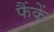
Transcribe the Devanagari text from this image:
फैंकें